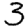
Digit: 3